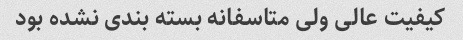
کیفیت عالی ولی متاسفانه بسته بندی نشده بود